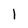
Character: l